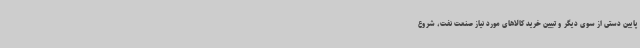
پایین دستی از سوی دیگر و تبیین خرید کالاهای مورد نیاز صنعت نفت، شروع